Lunatic asylums Bombay report 1878-1890 - 1878-1890
Year: 1878
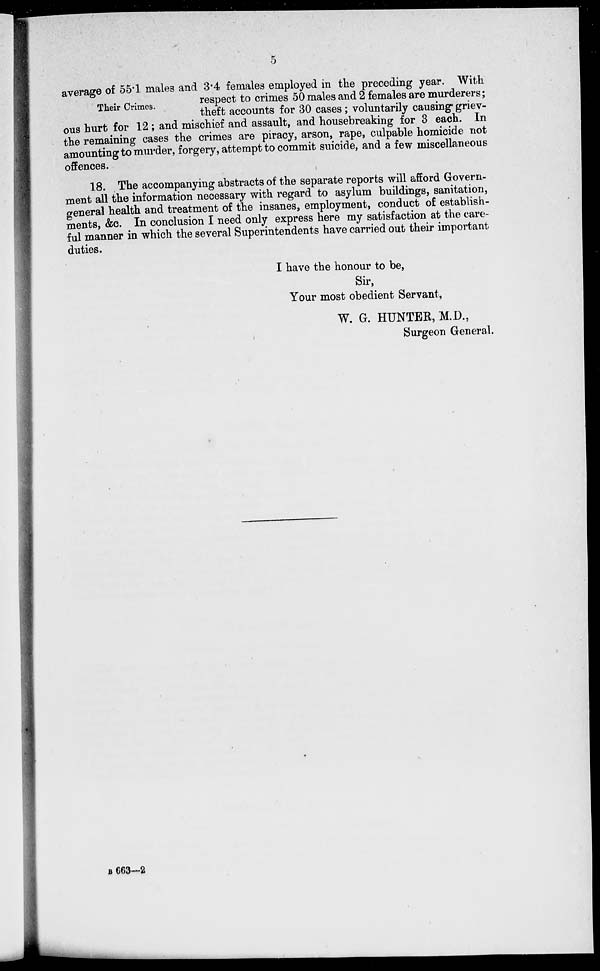
5
Their Crimes.
average of 55.1 males and 3.4 females employed in the preceding year. With
respect to crimes 50 males and 2 females are murderers;
theft accounts for 30 cases; voluntarily causing griev-
ous hurt for 12; and mischief and assault, and housebreaking for 3 each. In
the remaining cases the crimes are piracy, arson, rape, culpable homicide not
amounting to murder, forgery, attempt to commit suicide, and a few miscellaneous
offences.
18. The accompanying abstracts of the separate reports will afford Govern-
ment all the information necessary with regard to asylum buildings, sanitation,
general health and treatment of the insanes, employment, conduct of establish-
ments, &c. In conclusion I need only express here my satisfaction at the care-
ful manner in which the several Superintendents have carried out their important
duties.
I have the honour to be,
Sir,
Your most obedient Servant,
W. G. HUNTER, M.D.,
Surgeon General.
B 663—2